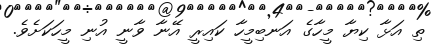
ތި އަޅާ ކިޔާ މީހާގެ އަނބިމީހާ ކައިރީ އޭނާ ވާނީ އުނި މީހަކަށެވެ.